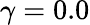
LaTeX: \gamma=0.0